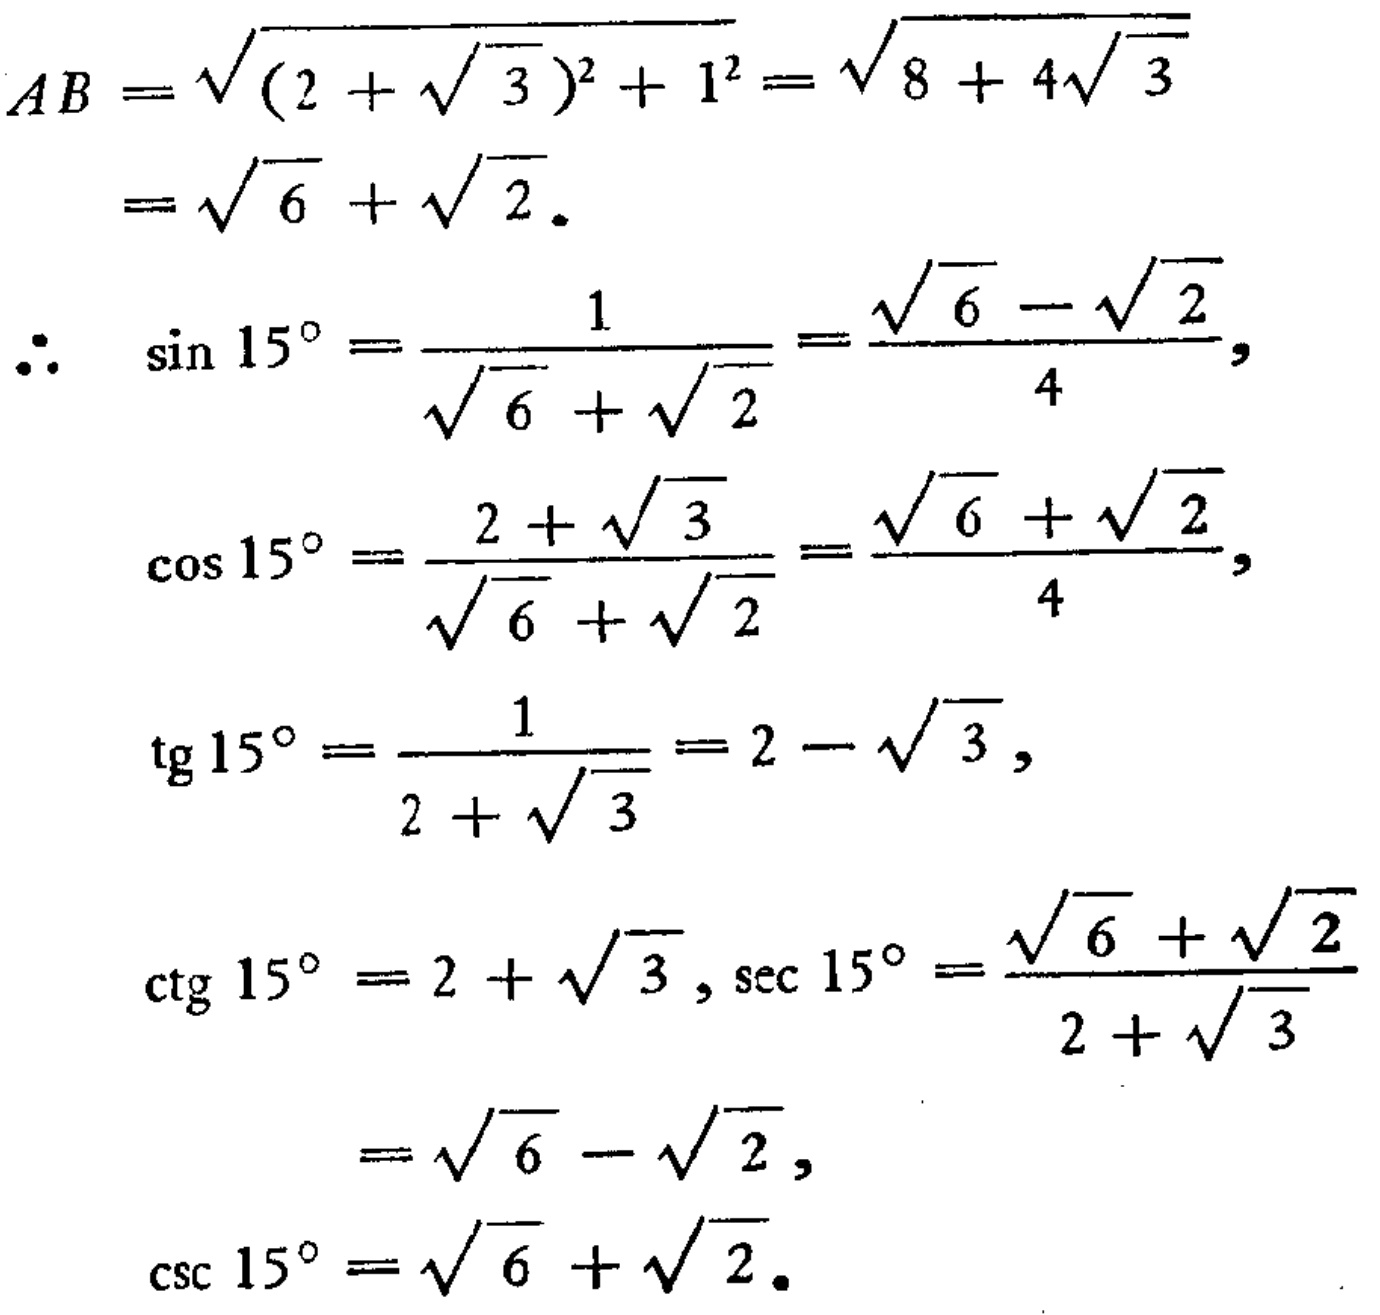
\[
\begin{align*}
AB&=\sqrt{(2 + \sqrt{3})^2+1^2}=\sqrt{8 + 4\sqrt{3}}\\
&=\sqrt{6}+\sqrt{2}.\\
\therefore\sin15^{\circ}&=\frac{1}{\sqrt{6}+\sqrt{2}}=\frac{\sqrt{6}-\sqrt{2}}{4},\\
\cos15^{\circ}&=\frac{2+\sqrt{3}}{\sqrt{6}+\sqrt{2}}=\frac{\sqrt{6}+\sqrt{2}}{4},\\
\mathrm{tg}15^{\circ}&=\frac{1}{2+\sqrt{3}} = 2-\sqrt{3},\\
\mathrm{ctg}15^{\circ}&=2+\sqrt{3},\sec15^{\circ}=\frac{\sqrt{6}+\sqrt{2}}{2+\sqrt{3}}\\
&=\sqrt{6}-\sqrt{2},\\
\csc15^{\circ}&=\sqrt{6}+\sqrt{2}.
\end{align*}
\]